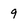
Character: 9